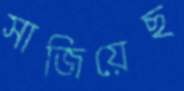
সাজিয়েছ